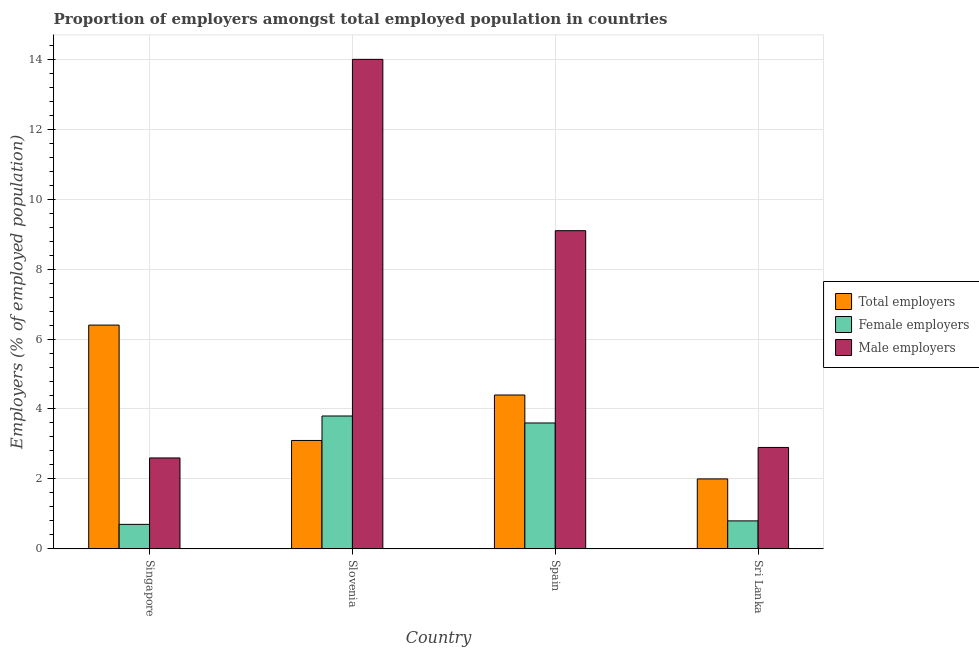
| Country | Total employers | Female employers | Male employers |
 | --- | --- | --- | --- |
 | Singapore | 6.4 | 0.7 | 2.6 |
 | Slovenia | 3.1 | 3.8 | 14 |
 | Spain | 4.4 | 3.6 | 9.1 |
 | Sri Lanka | 2 | 0.8 | 2.9 |